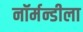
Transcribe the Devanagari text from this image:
नॉर्मन्डीला